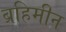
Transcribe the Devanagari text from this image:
ब्रहिमीन